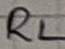
Text: RL